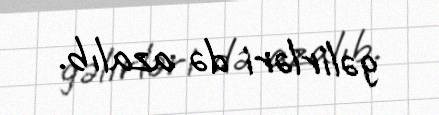
gəlirləri də azalıb.